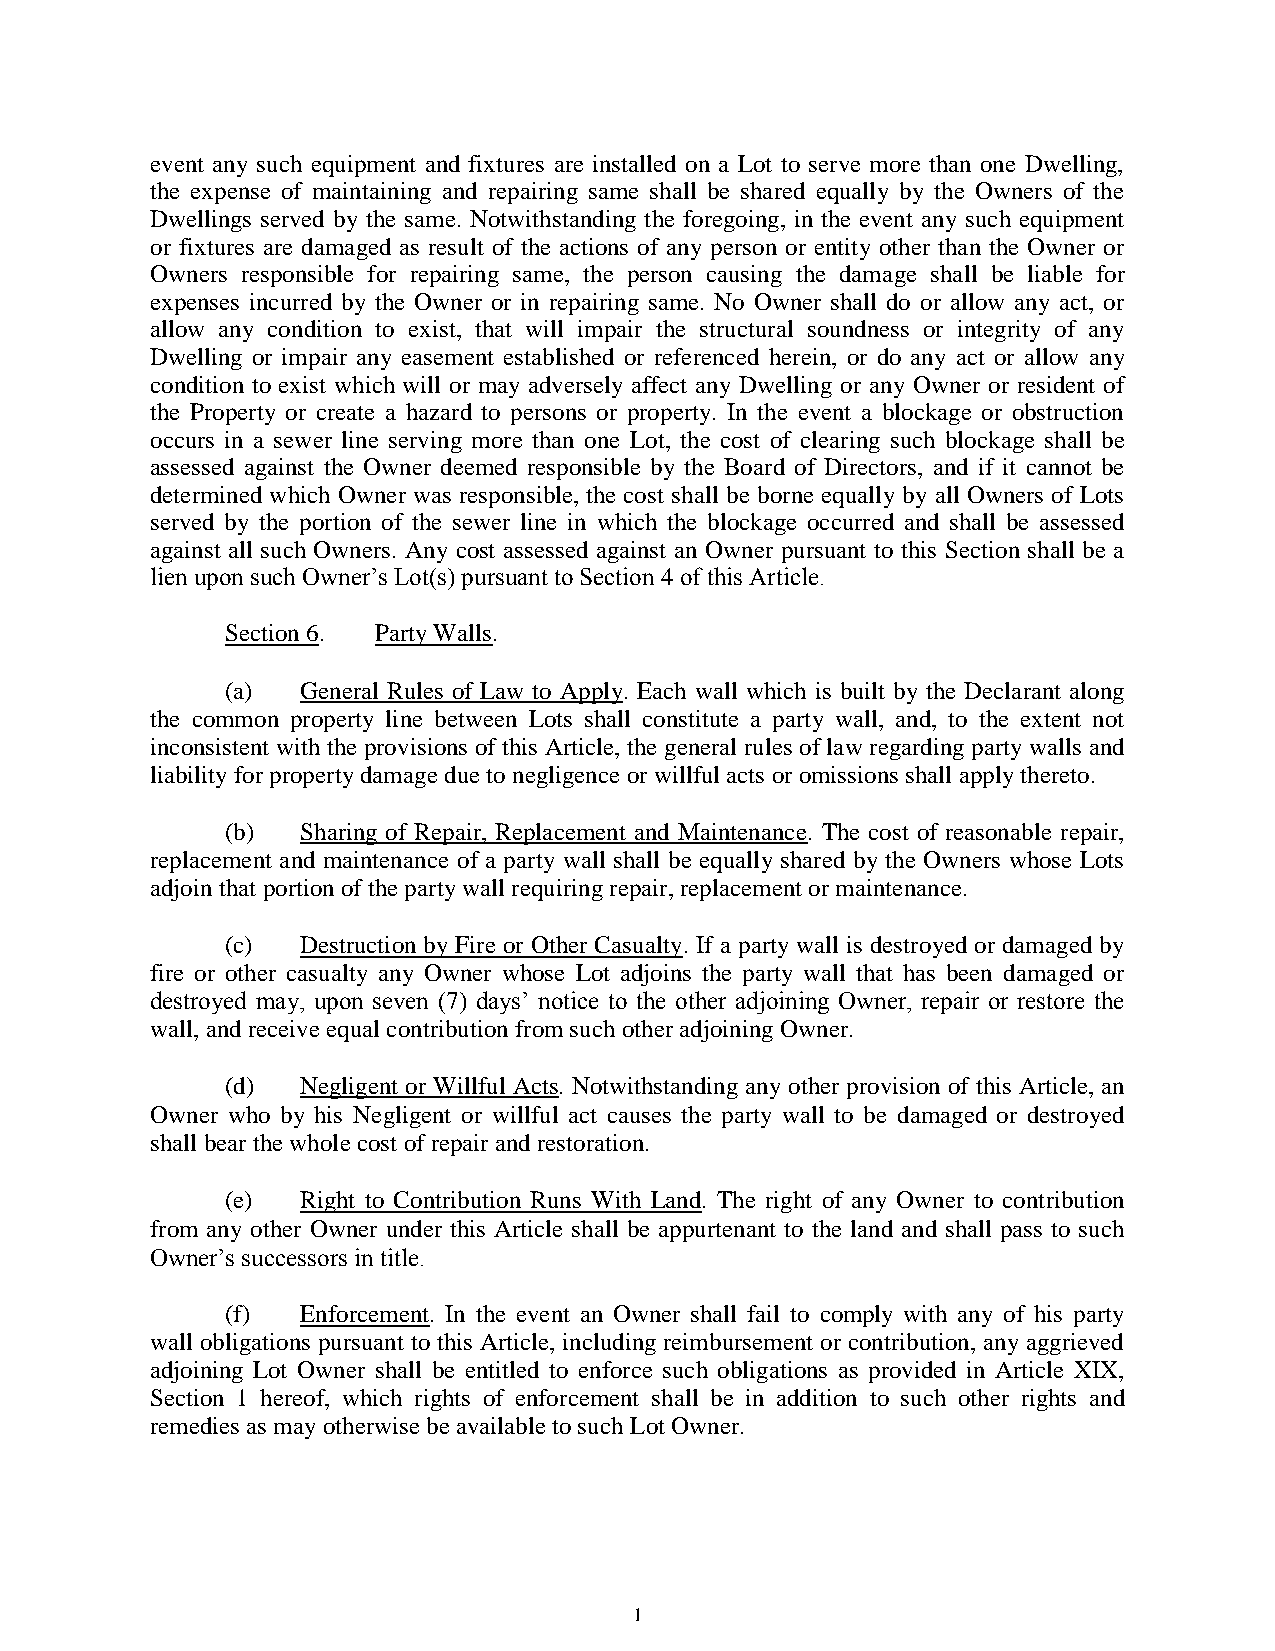
event any such equipment and fixtures are installed on a Lot to serve more than one Dwelling,
 the expense of maintaining and repairing same shall be shared equally by the Owners of the
 Dwellings served by the same. Notwithstanding the foregoing, in the event any such equipment
 or fixtures are damaged as result of the actions of any person or entity other than the Owner or
 Owners responsible for repairing same, the person causing the damage shall be liable for
 expenses incurred by the Owner or in repairing same. No Owner shall do or allow any act, or
 allow any condition to exist, that will impair the structural soundness or integrity of any
 Dwelling or impair any easement established or referenced herein, or do any act or allow any
 condition to exist which will or may adversely affect any Dwelling or any Owner or resident of
 the Property or create a hazard to persons or property. In the event a blockage or obstruction
 occurs in a sewer line serving more than one Lot, the cost of clearing such blockage shall be
 assessed against the Owner deemed responsible by the Board of Directors, and if it cannot be
 determined which Owner was responsible, the cost shall be borne equally by all Owners of Lots
 served by the portion of the sewer line in which the blockage occurred and shall be assessed
 against all such Owners. Any cost assessed against an Owner pursuant to this Section shall be a
 lien upon such Owner’s Lot(s) pursuant to Section 4 of this Article.
 Section 6. Party Walls.
 (a)  General Rules of Law to Apply. Each wall which is built by the Declarant along
 the common property line between Lots shall constitute a party wall, and, to the extent not
 inconsistent with the provisions of this Article, the general rules of law regarding party walls and
 liability for property damage due to negligence or willful acts or omissions shall apply thereto.
 (b)  Sharing of Repair, Replacement and Maintenance. The cost of reasonable repair,
 replacement and maintenance of a party wall shall be equally shared by the Owners whose Lots
 adjoin that portion of the party wall requiring repair, replacement or maintenance.
 (c)  Destruction by Fire or Other Casualty. If a party wall is destroyed or damaged by
 fire or other casualty any Owner whose Lot adjoins the party wall that has been damaged or
 destroyed may, upon seven (7) days’ notice to the other adjoining Owner, repair or restore the
 wall, and receive equal contribution from such other adjoining Owner.
 (d)  Negligent or Willful Acts. Notwithstanding any other provision of this Article, an
 Owner who by his Negligent or willful act causes the party wall to be damaged or destroyed
 shall bear the whole cost of repair and restoration.
 (e)  Right to Contribution Runs With Land. The right of any Owner to contribution
 from any other Owner under this Article shall be appurtenant to the land and shall pass to such
 Owner’s successors in title.
 (f)  Enforcement. In the event an Owner shall fail to comply with any of his party
 wall obligations pursuant to this Article, including reimbursement or contribution, any aggrieved
 adjoining Lot Owner shall be entitled to enforce such obligations as provided in Article XIX,
 Section 1 hereof, which rights of enforcement shall be in addition to such other rights and
 remedies as may otherwise be available to such Lot Owner.
 1